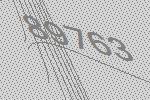
89763